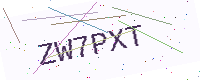
Text: ZW7PXT